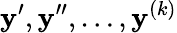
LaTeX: \mathbf{y}^{\prime},\mathbf{y}^{\prime\prime},\ldots,\mathbf{y}^{(k)}